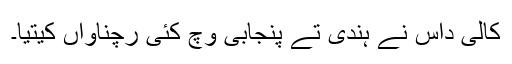
کالی داس نے ہندی تے پنجابی وچ کئی رچناواں کیتیا۔